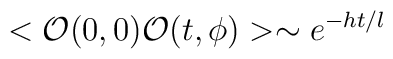
<{\cal O}(0,0) {\cal O}(t,\phi)> \sim e^{-ht/l}